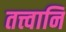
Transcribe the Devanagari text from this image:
तत्त्वानि